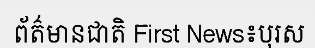
ព័ត៌មានជាតិ First News៖បុរស